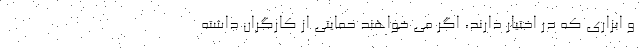
و ابزاری که در اختیار دارند، اگر می خواهند حمایتی از کارگران داشته